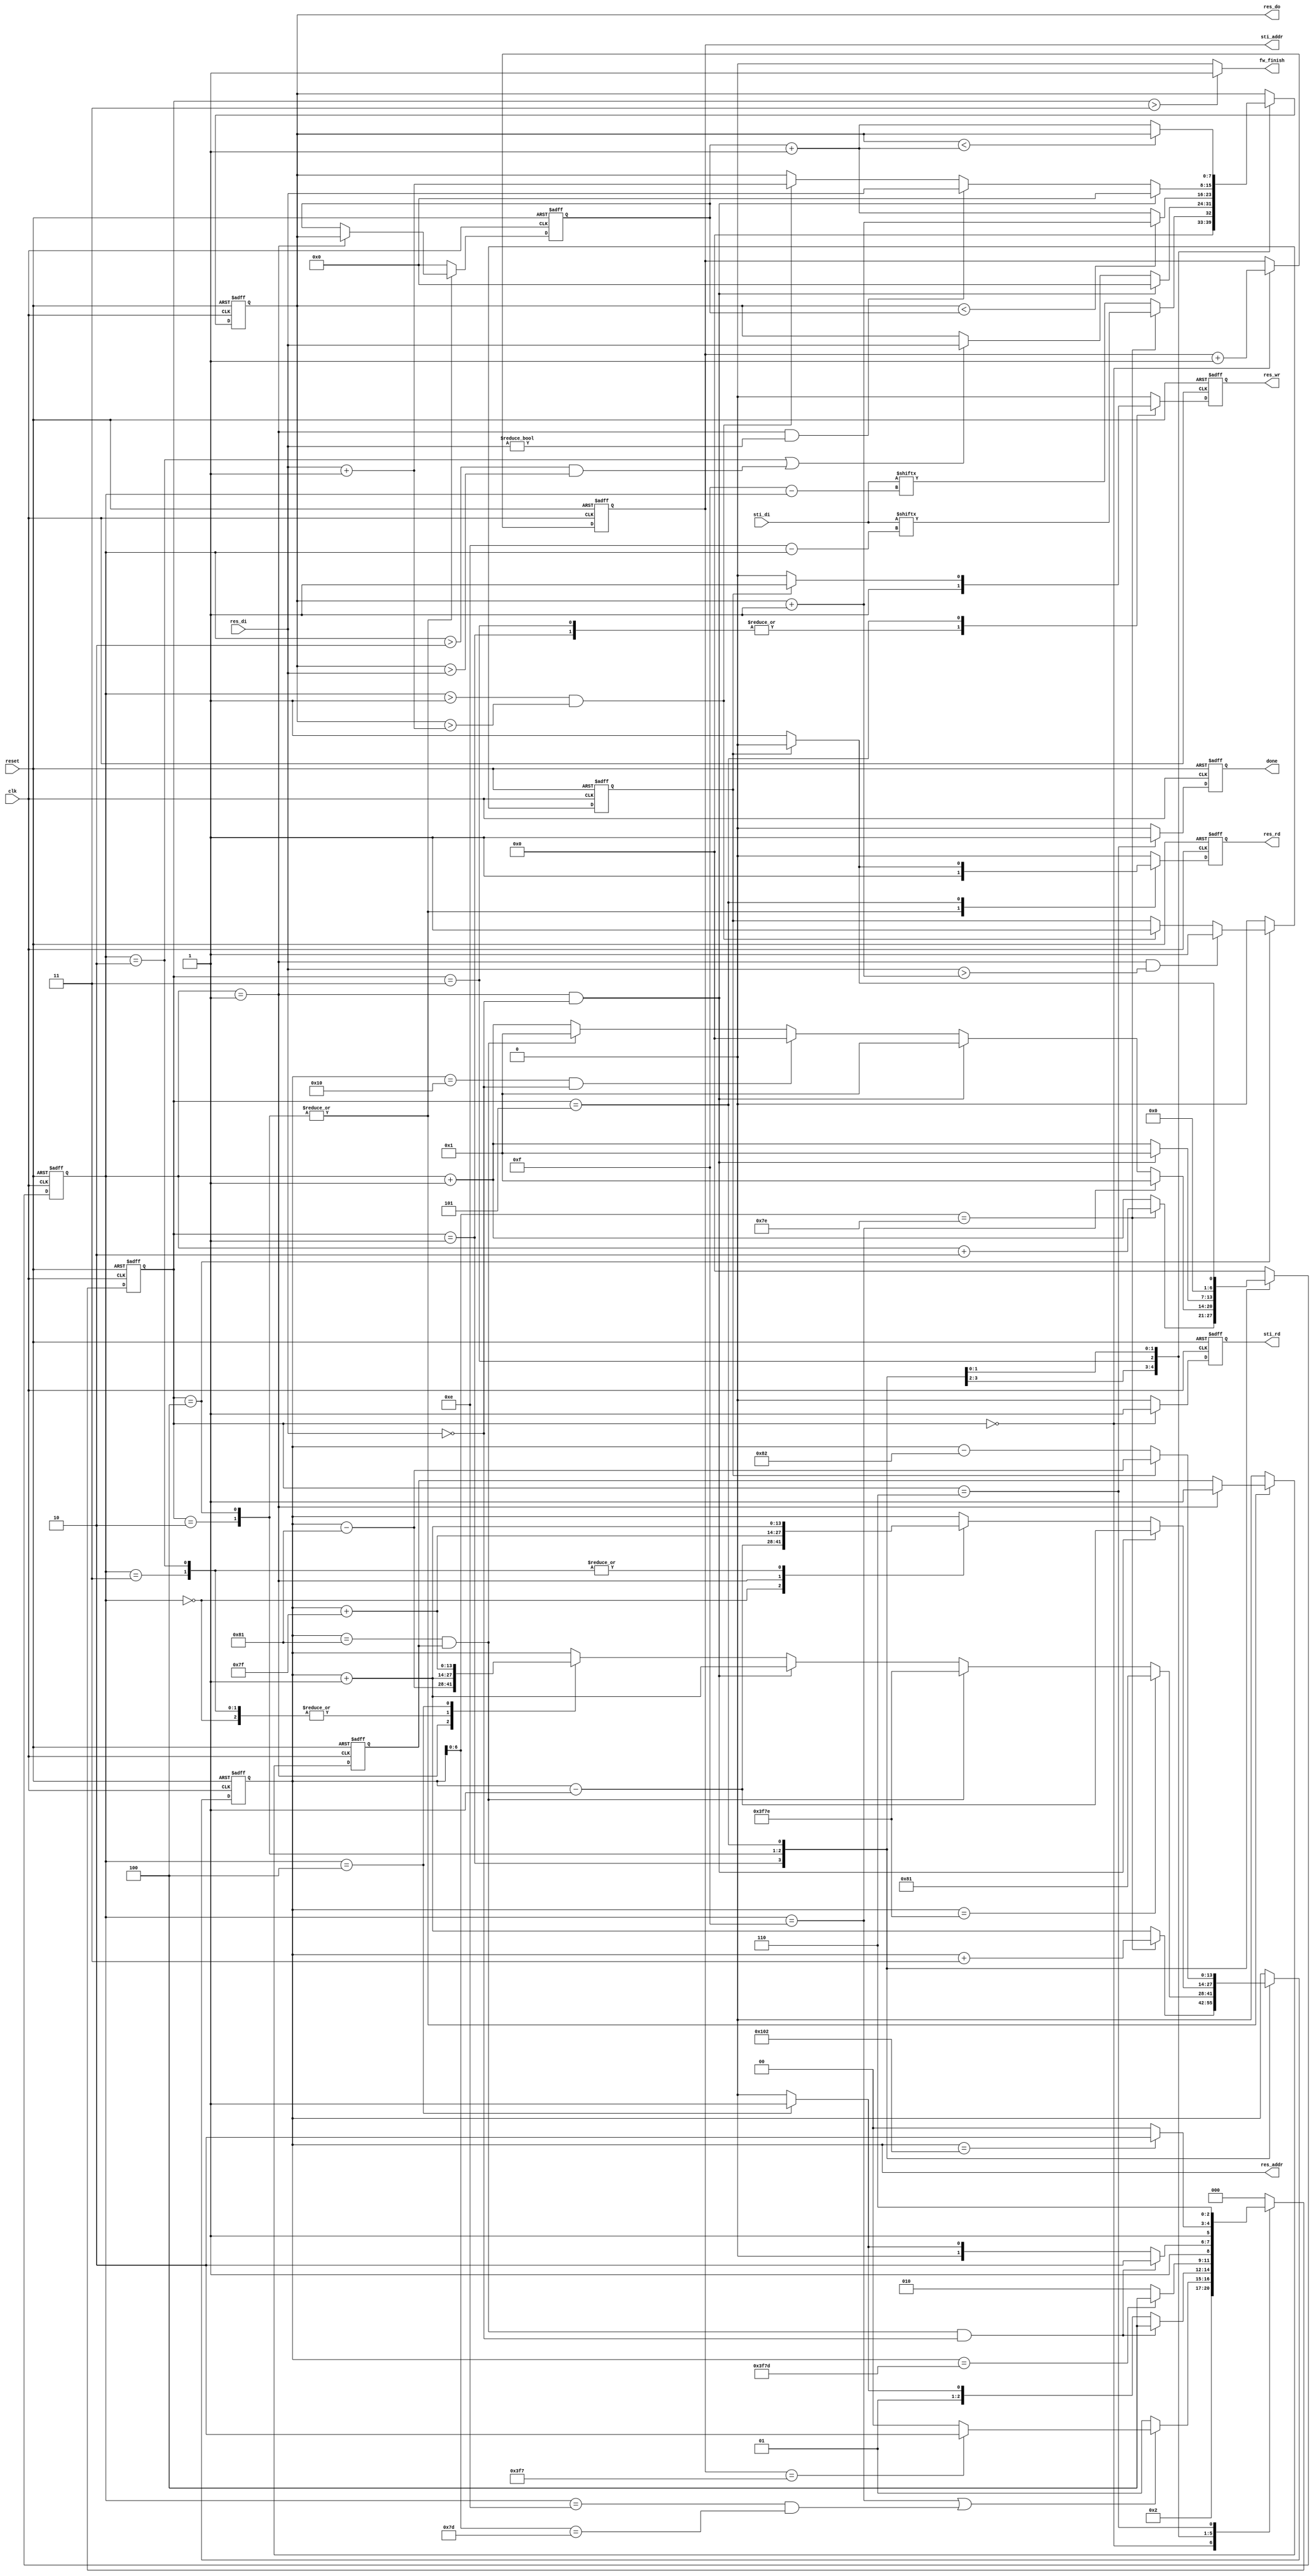
module DT(
	input 			clk, 
	input			reset,
	output	reg		done ,
	output	reg		sti_rd ,
	output	reg 	[9:0]	sti_addr ,
	input		[15:0]	sti_di,
	output	reg		res_wr ,
	output	reg		res_rd ,
	output	reg 	[13:0]	res_addr ,
	output	reg 	[7:0]	res_do,
	input		[7:0]	res_di,
	output			fw_finish
	);

localparam ReadSti = 3'd0;
localparam WriteSti2Res = 3'd1;
localparam ReadRes_For = 3'd2;
localparam WriteRes_For = 3'd3;
localparam ReadRes_Bak = 3'd4;
localparam WriteRes_Bak = 3'd5;
localparam Stop = 3'd6;

reg[2:0]		PState;
reg[2:0]		NState;
reg[6:0]		cnt;
reg[7:0]		pre_result;
reg			jump_flag;
reg			comp_flag;

integer		i;
//=============================================================================
// 
//=============================================================================
always@(posedge clk or negedge reset) begin
	if(reset == 1'b0) begin
		PState <= ReadSti;	
	end
	else begin
		PState <= NState;
	end
end

always@(*) begin
	case(PState)
		ReadSti:			begin
								NState = WriteSti2Res;
							end
		WriteSti2Res:	begin
								if(cnt == 7'd15 || (cnt == 7'd14 && res_addr[6:0] == 7'd125)) begin
									if(sti_addr == 10'd1015) begin
										NState = ReadRes_For;
									end
									else begin
										NState = ReadSti;
									end
								end
								else begin
									NState = WriteSti2Res;
								end
							end
		ReadRes_For:	begin
								if(jump_flag == 1'b1 && res_addr == 14'd129 && res_di == 8'd0) begin
									NState = ReadRes_Bak;
								end
								else if(cnt == 7'd4) begin
									NState = WriteRes_For;
								end
								else begin
									NState = ReadRes_For;
								end
							end
		WriteRes_For:	begin
								if(res_addr == 14'd16253) begin
									NState = ReadRes_Bak;
								end
								else begin
									NState = ReadRes_For;
								end
							end
		ReadRes_Bak:	begin
								if(jump_flag == 1'b1 && res_addr == 14'd129 && res_di == 8'd0) begin
									NState = Stop;
								end
								else if(cnt == 7'd4) begin
									NState = WriteRes_Bak;
								end
								else begin
									NState = ReadRes_Bak;
								end
							end
		WriteRes_Bak:	begin
								if(res_addr == 14'd258) begin
									NState = Stop;
								end
								else begin
									NState = ReadRes_Bak;
								end
							end
		Stop:				begin
								NState = Stop;
							end
		default:			begin
								NState = ReadSti;
							end
	endcase
end
//=============================================================================
// cnt
//=============================================================================
always@(posedge clk or negedge reset) begin
	if(reset == 1'b0) begin
		cnt <= 7'd0;
	end
	else begin
		case(PState)
			ReadSti:			begin
									cnt <= 7'd0;
								end
			WriteSti2Res:	begin
									if(res_addr[6:0] == 7'd126) begin
										cnt <= cnt + 2'd2;
									end
									else begin
										cnt <= cnt + 1'b1;
									end
								end
			ReadRes_For:	begin
									if(cnt == 7'd15) begin
										cnt <= 7'd1;
									end
									else if(cnt == 7'd1 && res_di == 8'd0) begin // central value = 0
										cnt <= 7'd1;
									end
									else if(res_addr == 14'd16 && res_di == 8'd0) begin
										cnt <= 7'd0;
									end
									else if(res_addr == 14'd129 && jump_flag == 1'b1) begin
										cnt <= 7'd1;
									end
									else begin
										cnt <= cnt + 1'b1;
									end
								end
			ReadRes_Bak:	begin
									if(cnt == 7'd1 && res_di == 8'd0) begin
										cnt <= 7'd1;
									end
									else begin
										cnt <= cnt + 1'b1;
									end
								end
			WriteRes_Bak:	begin
									if(comp_flag == 1'b0) begin
										cnt <= 7'd1;
									end
									else begin
										cnt <= 7'd0;
									end
								end
			default:			begin
									cnt <= 7'd0;
								end
		endcase
	end
end
//=============================================================================
// jump_flag
//=============================================================================
always@(posedge clk or negedge reset) begin
	if(reset == 1'b0) begin
		jump_flag <= 1'b0;
	end
	else begin
		case(PState)
			ReadRes_For:	begin
									if(cnt == 7'd1) begin
										jump_flag <= 1'b1;
									end
								end
			ReadRes_Bak:	begin
									if(cnt == 7'd1) begin
										jump_flag <= 1'b1;
									end
								end
			default:			begin
									jump_flag <= 1'b0;
								end
		endcase
	end
end
//=============================================================================
// sti_addr
//=============================================================================
always@(posedge clk or negedge reset) begin
	if(reset == 1'b0) begin
		sti_addr <= 10'd7;
	end
	else begin
		case(PState)
			ReadSti:			begin
									sti_addr <= sti_addr + 1'b1;
								end
			default:			begin
									sti_addr <= sti_addr;
								end
		endcase
	end
end
//=============================================================================
// sti_rd
//=============================================================================
always@(posedge clk or negedge reset) begin
	if(reset == 1'b0) begin
		sti_rd <= 1'b0;
	end
	else begin
		case(PState)
			ReadSti:			begin
									sti_rd <= 1'b1;
								end
			default:			begin
									sti_rd <= 1'b0;
								end
		endcase
	end
end
//=============================================================================
// comp_flag
//=============================================================================
always@(posedge clk or negedge reset) begin
	if(reset == 1'b0) begin
		comp_flag <= 1'b0;
	end
	else begin
		case(PState)
			ReadRes_Bak:	begin
									if(cnt == 7'd1 && res_di > (res_do + 1'b1)) begin
										comp_flag <= 1'b1;
									end
									else if(cnt > 7'd1 && res_do > (res_di + 1'b1)) begin
										comp_flag <= 1'b1;
									end
								end
			default:			begin
									comp_flag <= 1'b0;
								end
		endcase
	end
end
//=============================================================================
// res_do
//=============================================================================
always@(posedge clk or negedge reset) begin
	if(reset == 1'b0) begin
		res_do <= 8'd0;
	end
	else begin
		case(PState)
			WriteSti2Res:	begin
									if(res_addr[6:0] == 7'd126) begin
										res_do <= {7'd0, sti_di[4'd14 - cnt]};
									end
									else begin
										res_do <= {7'd0, sti_di[4'd15 - cnt]};
									end										
								end
			ReadRes_For:	begin
									if(cnt == 7'd1 && res_di == 8'd0) begin
										res_do <= 8'd0;
									end
									else if(cnt == 7'd2 || (cnt > 7'd2 && res_do > res_di)) begin
										res_do <= res_di;
									end
								end
			WriteRes_For:	begin
									res_do <= (res_do < pre_result) ? (res_do + 1'b1) : (pre_result + 1'b1);
								end
			ReadRes_Bak:	begin
									if(cnt == 7'd1 && res_di == 8'd0) begin
										res_do <= 8'd0;
									end
									else if(cnt == 7'd1 && res_di != 8'd0) begin
										res_do <= res_di;										// central value
									end
									else if(cnt > 7'd1 && res_do > (res_di + 1'b1)) begin
										res_do <= res_di + 1'b1;
									end
								end
			WriteRes_Bak:	begin
									res_do <= (res_do < (pre_result + 1'b1)) ? res_do : (pre_result + 1'b1);
								end
			default:			begin
									res_do <= res_do;
								end
		endcase
	end
end
//=============================================================================
// pre_result
//=============================================================================
always@(posedge clk or negedge reset) begin
	if(reset == 1'b0) begin
		pre_result <= 8'd0;
	end
	else begin
		case(PState)
			ReadRes_For:	begin
									if(cnt == 7'd1) begin
										pre_result <= res_do;
									end
								end
			ReadRes_Bak:	begin
									if(cnt == 7'd1) begin
										pre_result <= res_do;
									end
								end
			default:			begin
									pre_result <= 8'd0;
								end
		endcase
	end
end
//=============================================================================
// res_addr
//=============================================================================
always@(posedge clk or negedge reset) begin
	if(reset == 1'b0) begin
		res_addr <= 14'd126;
	end
	else begin
		case(PState)
			WriteSti2Res:	begin
									if(res_addr[6:0] == 7'd126) begin
										res_addr <= res_addr + 2'd3;
									end
									else begin
										res_addr <= res_addr + 1'b1;
									end
								end
			ReadRes_For:	begin
									if(res_addr == 14'd16254) begin
										res_addr <= 14'd129;
									end
									else if(res_addr == 14'd129 && jump_flag == 1'b1) begin
										res_addr <= 14'd16254;
									end
									else if(cnt == 7'd1 && res_di == 8'd0) begin // central value = 0
										res_addr <= res_addr + 1'b1;
									end
									else begin
										case(cnt)
											7'd0:	res_addr <= res_addr + 1'b1;
											7'd1:	res_addr <= res_addr - 14'd129;
											7'd2:	res_addr <= res_addr + 1'b1;
											7'd3:	res_addr <= res_addr + 1'b1;
											7'd4:	res_addr <= res_addr + 14'd127;
											default: res_addr <= res_addr;
										endcase
									end
								end
			ReadRes_Bak:	begin
									if(cnt == 7'd1 && res_di == 8'd0) begin
										res_addr <= res_addr - 1'b1;
									end
									else begin
										case(cnt)
											7'd0:	res_addr <= res_addr - 1'b1;
											7'd1:	res_addr <= res_addr + 14'd127;
											7'd2:	res_addr <= res_addr + 1'b1;
											7'd3:	res_addr <= res_addr + 1'b1;
											default: res_addr <= res_addr;
										endcase
									end
								end
			WriteRes_Bak:	begin
									if(comp_flag == 1'b1) begin
										res_addr <= res_addr - 14'd129;
									end
									else begin
										res_addr <= res_addr - 14'd130;
									end
								end
			default:			begin
									res_addr <= res_addr;
								end
		endcase
	end
end  
//=============================================================================
// res_wr
//=============================================================================
always@(posedge clk or negedge reset) begin
	if(reset == 1'b0) begin
		res_wr <= 1'b0;
	end
	else begin
		case(PState)
			WriteSti2Res:	begin
									res_wr <= 1'b1;
								end
			WriteRes_For:	begin
									res_wr <= 1'b1;
								end
			WriteRes_Bak:	begin
									if(comp_flag == 1'b1) begin
										res_wr <= 1'b1;
									end
									else begin
										res_wr <= 1'b0;
									end
								end
			default:			begin
									res_wr <= 1'b0;
								end
		endcase
	end
end  
//=============================================================================
// res_rd
//=============================================================================
always@(posedge clk or negedge reset) begin
	if(reset == 1'b0) begin
		res_rd <= 1'b0;
	end
	else begin
		case(PState)
			ReadRes_For:	begin
									res_rd <= 1'b1;
								end
			ReadRes_Bak:	begin
									res_rd <= 1'b1;
								end
			WriteRes_Bak:	begin
									if(comp_flag == 1'b0) begin
										res_rd <= 1'b1;
									end
									else begin
										res_rd <= 1'b0;
									end
								end
			default:			begin
									res_rd <= 1'b0;
								end
		endcase
	end
end  
//=============================================================================
// done
//=============================================================================
always@(posedge clk or negedge reset) begin
	if(reset == 1'b0) begin
		done <= 1'b0;
	end
	else begin
		case(PState)
			Stop:				begin
									done <= 1'b1;
								end
			default:			begin
									done <= 1'b0;
								end
		endcase
	end
end

assign fw_finish = (PState > WriteRes_For) ? 1'b1 : 1'b0;

endmodule